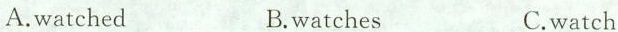
A.watched B.watches C.watch